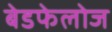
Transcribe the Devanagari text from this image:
बेडफेलोज